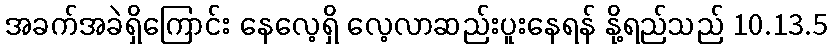
အခက်အခဲရှိကြောင်း နေလေ့ရှိ လေ့လာဆည်းပူးနေရန် နို့ရည်သည် 10.13.5